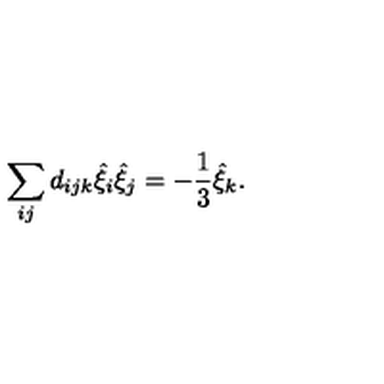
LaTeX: \sum _ { i j } d _ { i j k } \hat { \xi } _ { i } \hat { \xi } _ { j } = - \frac { 1 } { 3 } \hat { \xi } _ { k } .